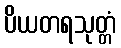
ပိယတရသုတ္တံ